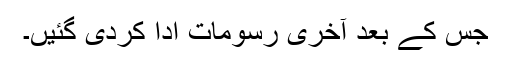
جس کے بعد آخری رسومات ادا کردی گئیں۔